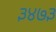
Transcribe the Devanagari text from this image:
३४७३